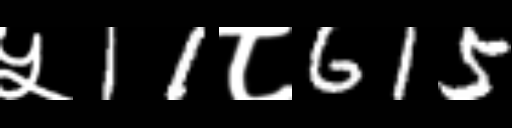
Text: ५11८615